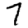
Digit: 7